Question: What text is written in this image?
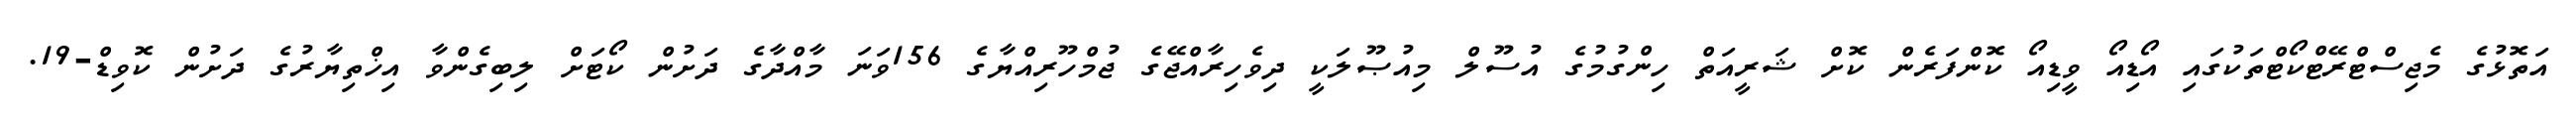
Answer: އަތޮޅުގެ މެޖިސްޓްރޭޓްކޯޓްތަކުގައި އޯޑިއޯ ވީޑިއޯ ކޮންފަރެން ކޮށް ޝަރީއަތް ހިންގުމުގެ އުސޫލް މިއުޞޫލަކީ ދިވެހިރާއްޖޭގެ ޖުމްހޫރިއްޔާގެ 156ވަނަ މާއްދާގެ ދަށުން ކޯޓަށް ލިބިގެންވާ އިޚްތިޔާރުގެ ދަށުން ކޮވިޑް-19.